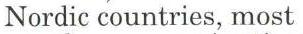
Nordic countries, most